Calcutta medical institutions reports 1892-1900
Year: 1892
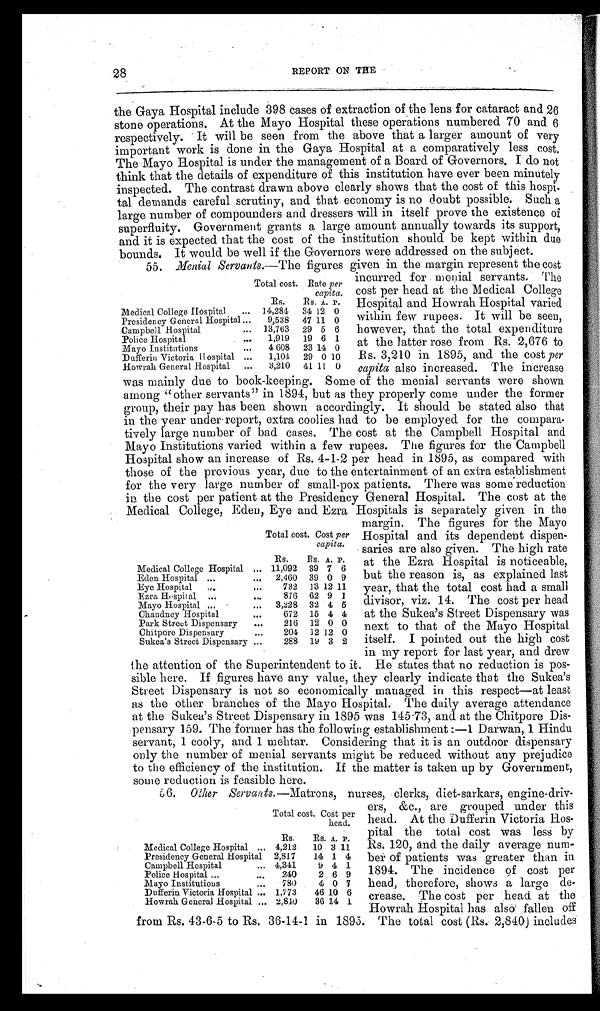
Menial Servants.—The figures
55.
28
REPORT ON THE
the Gaya Hospital include 398 cases of extraction of the lens for cataract and 26
stone operations. At the Mayo Hospital these operations numbered 70 and 6
respectively. It will be seen from the above that a larger amount of very
important work is done in the Gaya Hospital at a comparatively less cost.
The Mayo Hospital is under the management of a Board of Governors. I do not
think that the details of expenditure of this institution have ever been minutely
inspected. The contrast drawn above clearly shows that the cost of this hospi-
tal demands careful scrutiny, and that economy is no doubt possible. Such a
large number of compounders and dressers will in itself prove the existence of
superfluity. Government grants a large amount annually towards its support,
and it is expected that the cost of the institution should be kept within due
bounds. It would be well if the Governors were addressed on the subject.
Total cost.
ES.
Rate per
capita.
RS. A. P.
Medical College Hospital
14,284 34 12 0
Presidency General Hospital 9,538 47 1 1 1 0
Campbell Hospital
13,763 29 5 6
Police Hospital
1,919 19 6 1
Mayo Institutions
4 608 23 14 0
Dufferin Victoria Hospital
1,104 29 0 10
Howrah General Hospital
3,210 41 11 0
riven in the margin represent the cost
incurred for menial servants. The
cost per head at the Medical College
Hospital and Howrah Hospital varied
within few rupees. It will be seen,
however, that the total expenditure
at the latter rose from Rs. 2,676 to
Rs. 3,210 in 1895, and the cost per
capita also increased. The increase
was mainly due to book-Keeping. some of the menial servants were shown
among "other servants" in 1894, but as they properly come under the former
group, their pay has been shown accordingly. It should be stated also that
in the year under report, extra coolies had to be employed for the compara-
tively large number of bad cases. The cost at the Campbell Hospital and
Mayo Institutions varied within a few rupees. The figures for the Campbell
Hospital show an increase of Rs. 4-1-2 per head in 1895, as compared with
those of the previous year, due to the entertainment of an extra establishment
for the very large number of small-pox patients. There was some reduction
in the cost per patient at the Presidency General Hospital. The cost at the
Medical College, Eden, Eye and Ezra Hospitals is separately given in the
Total cost. Cost per
capita.
Rs. Rs. A. P.
Medical College Hospital
11,092 39 7 6
Eden Hospital
2,460 39 0 9
Eye Hospital
732 13 12 11
Ezra Hospitalal
876 62 9 1
Mayo Hospital
3,228 32 4 5
Chandney Hospital
672 15 4 4
Park Street Dispensary .. 216 12 0 0
Chitpore Dispensary
204 12 12 0
Sukea' s Street Dispensary
288 19 3 2
t,
g . The figures 1Ur
Mayo
Hospital and its dependent dispen-
saries are also given. The high rate
at the Ezra Hospital is noticeable,
but the reason is, as explained last
year, that the total cost had a small
divisor, viz. 14. The cost per head
at the Sukea's Street Dispensary was
next to that of the Mayo Hospital
itself. I pointed out the
high cost
in my report for ins yyear_ and drew
the attention of the Superintendent to it. He states that no reduction is pos-
sible here. If figures have any value, they clearly indicate that the Sukea's
Street Dispensary is not so economically managed in this respect—at least
as the other branches of the Mayo Hospital. The daily average attendance
at the Sukea's Street Dispensary in 1895 was 145.73, and at the Chitpore Dis-
pensary 159. The former has the following establishment1 Darwan, 1 Hindu
servant, 1 cooly, and 1 mehtar. Considering that it is an outdoor dispensary
only the number of menial servants might be reduced without any prejudice
t o t h e e f f i c i e n c y o f t h e i n s t i t u t i o n . I f t h e m a t t e r i s t a k e n u p b y G o v e r n m e n t ,
some reduction is feasible here.
i
780 80 i, 0 7
0 Iher Servants. —Matrons, nurses, clerks, diet-sarkars, engine-driv- ..
ers, &c., are grouped under this
head. At the Dufferin Victoria Hos-
pital the total cost was less by
Rs. 120, and the daily average num-
be of patients was greater than in
1894. The incidence 9f cost per
head, therefore, shows a large de-
crease. The cost per head at the
Howrah Hospital has also fallen off
from Rs. 43-6-5 to Rs. 36-14-1 in 1895. The total cost (Rs, 2,840) includes
Total cost. Cost per
head.
Rs. Rs. A. P.
Me Pre College Hospital 4,212 10 3 11
Presidency General Hospital 2,817 14 1 4
Campbell Hospital
4,341 9 4 1
Police Hospital
240 2 6 9
Mayo Institutions
Dufferin Victoria Hospital 1,773 46 10 6
Howrah General Hospital 2,840 36 14 1